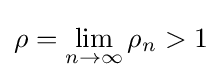
\rho =\lim _{n\to \infty }\rho _{n}>1